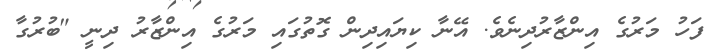
ފަހު މަރުގެ އިންޒާރުދިނެވެ. އޭނާ ކިޔައިދިން ގޮތުގައި މަރުގެ އިންޒާރު ދިނީ "ބުރުގާ